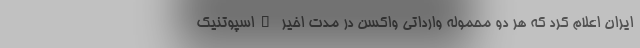
ایران اعلام کرد که هر دو محموله وارداتی واکسن در مدت اخیر "اسپوتنیک